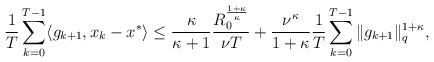
LaTeX: \begin{align*}\frac1T \sum \limits_{k=0}^{T-1} \langle g_{k+1}, x_k -x^* \rangle \leq \frac{\kappa}{\kappa +1} \frac{R_{0}^{\frac{1+\kappa}{\kappa}} }{\nu T} + \frac{\nu^{\kappa}}{1+\kappa} \frac{1}{T} \sum \limits_{k=0}^{T-1} \|g_{k+1}\|^{1+\kappa}_q,\end{align*}